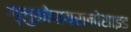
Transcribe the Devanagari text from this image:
ग्लुकोपायरानोसाइड